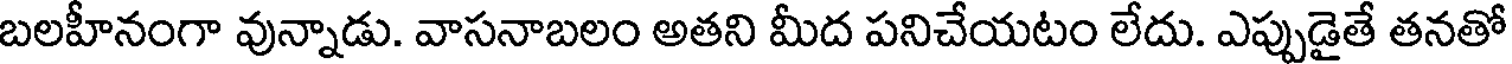
బలహీనంగా వున్నాడు. వాసనాబలం అతని మీద పనిచేయటం లేదు. ఎప్పుడైతే తనతో